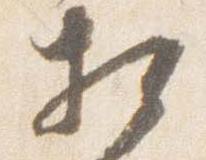
相